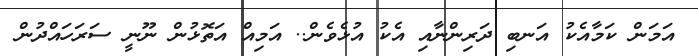
އަމަަން ކަމާއެކު އަނބި ދަރިންނާއި އެކު އުޅެވެން.. އަމިއް އަތޮޅުން ނޫނީ ސަރަހައްދުން